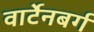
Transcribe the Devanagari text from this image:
वार्टेनबर्ग